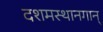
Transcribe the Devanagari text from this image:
दशमस्थानगान्